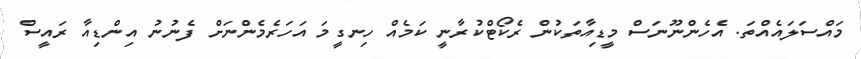
މައްސަލައެއްތަ. އެހެންނޫނަސް މީޑިއާތަކުން ރެކޯޓްކުރާނީ ކަމެއް ހިނގީމަ އަހަރެމެންނަށް ފެނުނު އިންޑިއާ ރައީސް